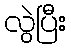
လွဲပြီး